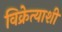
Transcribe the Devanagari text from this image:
विक्रेत्याशी